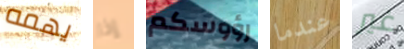
يهمه إذا رؤوسكم عندما غير